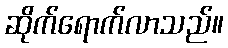
ဆိုက်ရောက်လာသည်။